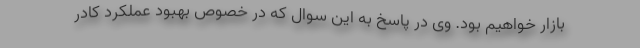
بازار خواهیم بود. وی در پاسخ به این سوال که در خصوص بهبود عملکرد کادر